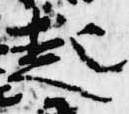
起